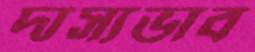
দাস্যভাব